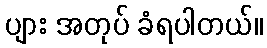
ပျား အတုပ် ခံရပါတယ်။